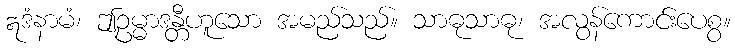
ဣဒံနာမံ၊ ဤဥမ္မာဒန္တီဟူသော အမည်သည်။ သာဓုသာဓု၊ အလွန်ကောင်းပေစွ။